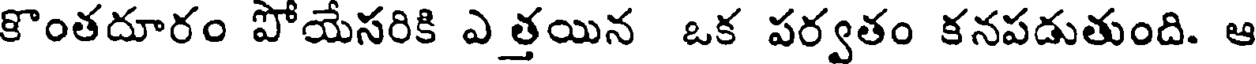
కొంతదూరం పోయేసరికి ఎ త్తయిన ఒక పర్వతం కనపడుతుంది. ఆ